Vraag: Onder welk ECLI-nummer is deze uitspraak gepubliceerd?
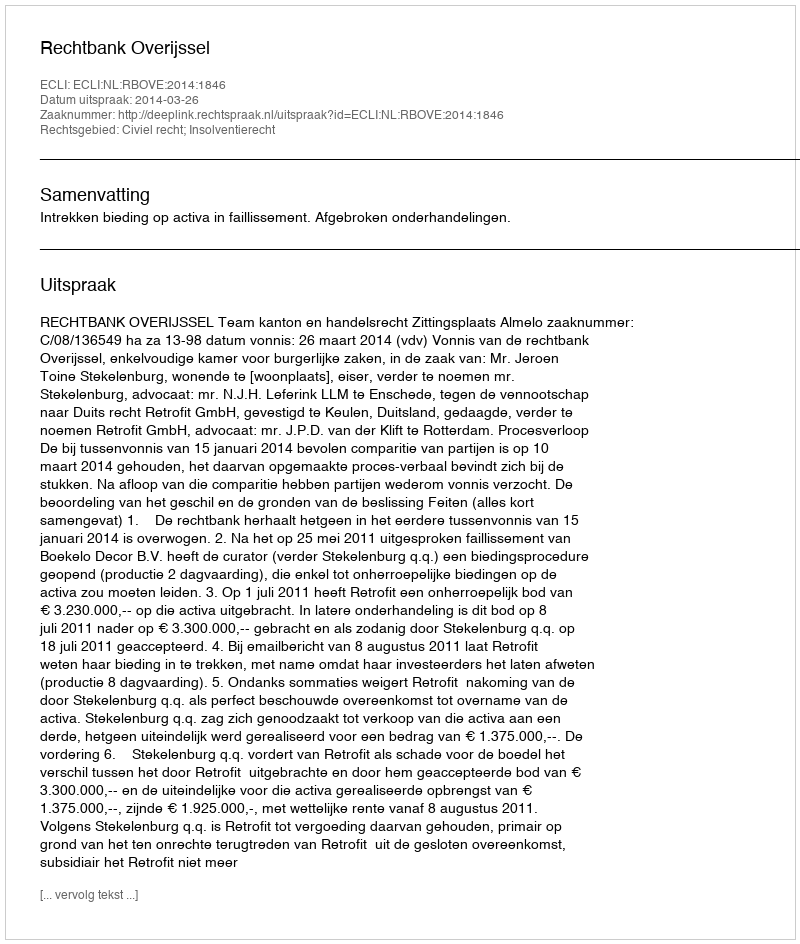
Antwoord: ECLI:NL:RBOVE:2014:1846